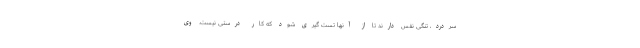
سردرد، تنگی نفس دارند تا از آنها تست گیری شود که کار درستی نیست. وی